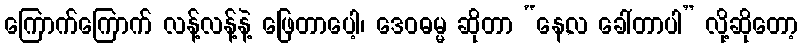
ကြောက်ကြောက် လန့်လန့်နဲ့ ဖြေတာပေါ့၊ ဒေဝဓမ္မ ဆိုတာ “နေ,လ ခေါ်တာပါ” လို့ဆိုတော့